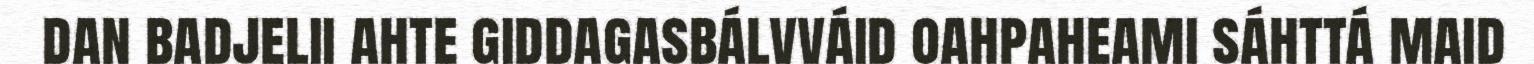
dan badjelii ahte giddagasbálvváid oahpaheami sáhttá maid